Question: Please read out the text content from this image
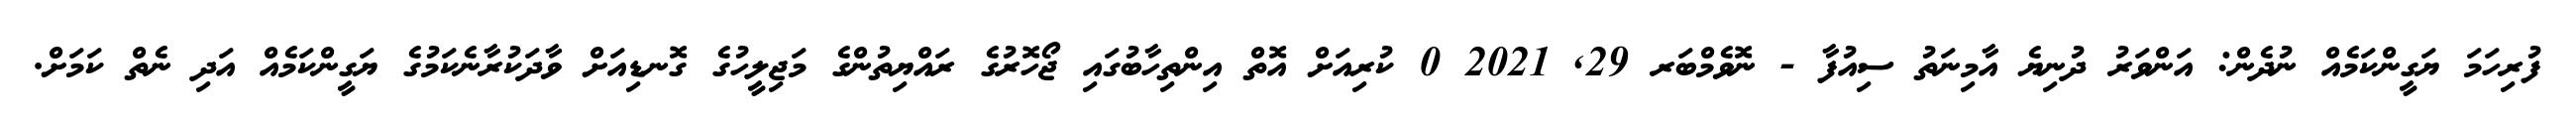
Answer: ފުރިހަމަ ޔަގީންކަމެއް ނުދެން: އަންވަރު ދުނިޔެ އާމިނަތު ސިއުފާ - ނޮވެމްބަރ 29, 2021 0 ކުރިއަށް އޮތް އިންތިހާބުގައި ޖޯހޮރުގެ ރައްޔިތުންގެ މަޖިލީހުގެ ގޮނޑިއަށް ވާދަކުރާނެކަމުގެ ޔަގީންކަމެއް އަދި ނެތް ކަމަށް.